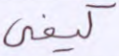
كيفي